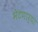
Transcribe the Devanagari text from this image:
भेटणार्‍या